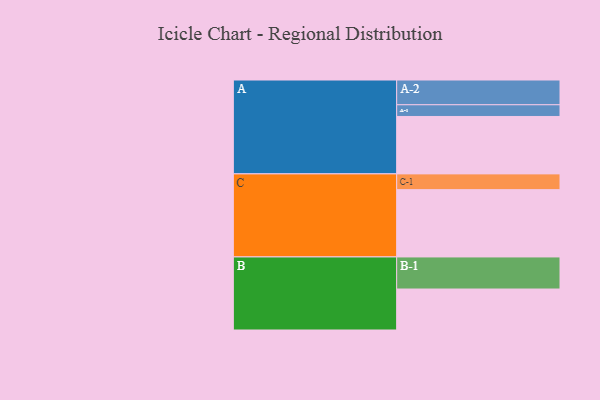
{"axis": {"x": "Segment", "y": "Value"}, "legend": ["", "A", "B", "C"], "data": [{"x": "A", "y": 510, "type": ""}, {"x": "B", "y": 364, "type": ""}, {"x": "C", "y": 598, "type": ""}, {"x": "A-1", "y": 104, "type": "A"}, {"x": "A-2", "y": 220, "type": "A"}, {"x": "B-1", "y": 285, "type": "B"}, {"x": "C-1", "y": 140, "type": "C"}]}